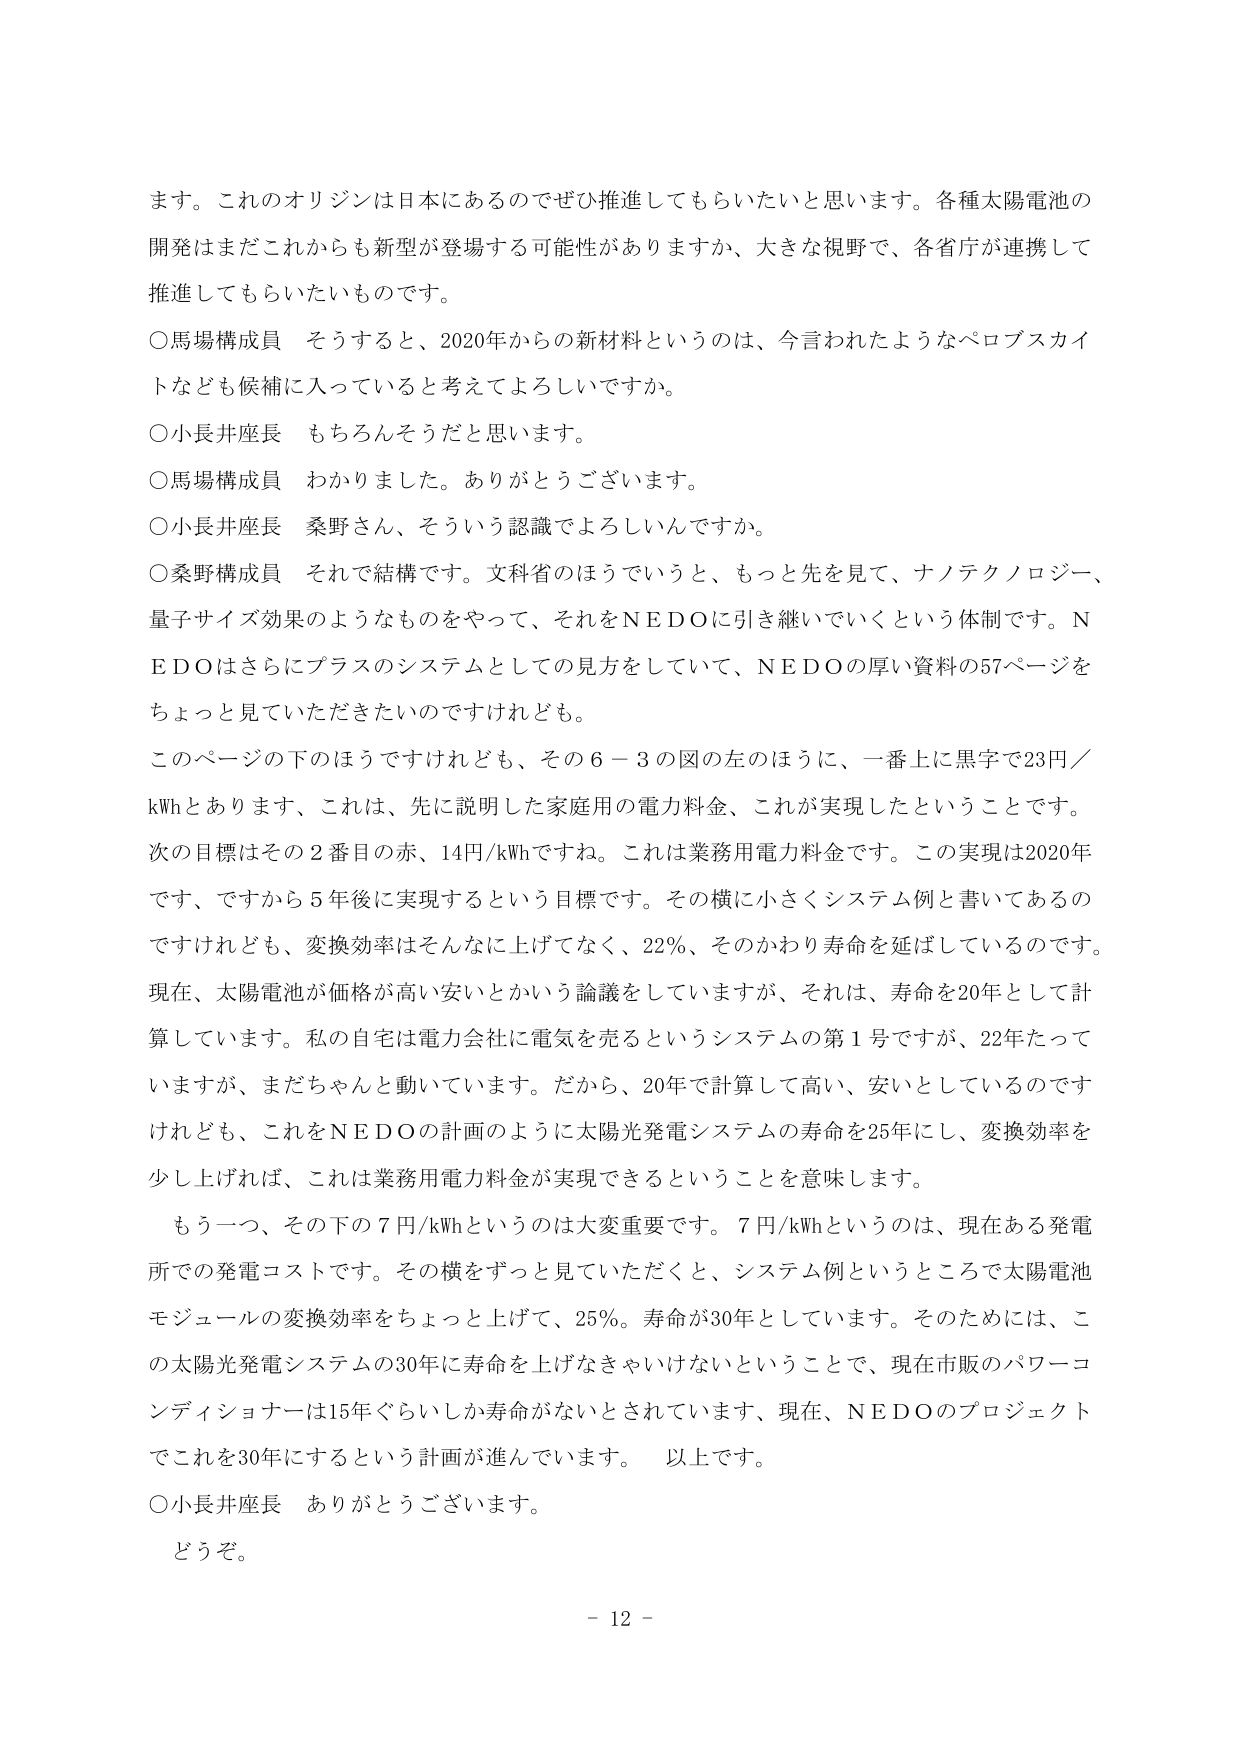
ます。これのオリジンは日本にあるのでぜひ推進してもらいたいと思います。各種太陽電池の開発はまだこれからも新型が登場する可能性がありますか、大きな視野で、各省庁が連携して推進してもらいたいものです。

○馬場構成員　そうすると、2020年からの新材料というのは、今言われたようなペロブスカイトなども候補に入っていると考えてよろしいですか。

○小長井座長　もちろんそうだと思います。

○馬場構成員　わかりました。ありがとうございます。

○小長井座長　桑野さん、そういう認識でよろしいんですか。

○桑野構成員　それで結構です。文科省のほうでいうと、もっと先を見て、ナノテクノロジー、量子サイズ効果のようなものをやって、それをNEDOに引き継いでいくという体制です。NEDOはさらにプラスのシステムとしての見方をしていて、NEDOの厚い資料の57ページをちょっと見ていただきたいのですけれども。

このページの下のほうですけれども、その6－3の図の左のほうに、一番上に黒字で23円／kWhとあります、これは、先に説明した家庭用の電力料金、これが実現したということです。次の目標はその2番目の赤、14円/kWhですね。これは業務用電力料金です。この実現は2020年です、ですから5年後に実現するという目標です。その横に小さくシステム例と書いてあるのですけれども、変換効率はそんなに上げてなく、22％、そのかわり寿命を延ばしているのです。現在、太陽電池が価格が高い安いとかいう論議をしていますが、それは、寿命を20年として計算しています。私の自宅は電力会社に電気を売るというシステムの第1号ですが、22年たっていますが、まだちゃんと動いています。だから、20年で計算して高い、安いとしているのですけれども、これをNEDOの計画のように太陽光発電システムの寿命を25年にし、変換効率を少し上げれば、これは業務用電力料金が実現できるということを意味します。

もう一つ、その下の7円/kWhというのは大変重要です。7円/kWhというのは、現在ある発電所での発電コストです。その横をずっと見ていただくと、システム例というところで太陽電池モジュールの変換効率をちょっと上げて、25％。寿命が30年としています。そのためには、この太陽光発電システムの30年に寿命を上げなきゃいけないということで、現在市販のパワーコンディショナーは15年ぐらいしか寿命がないとされています、現在、NEDOのプロジェクトでこれを30年にするという計画が進んでいます。　以上です。

○小長井座長　ありがとうございます。

どうぞ。

－ 12 －